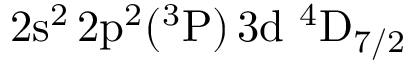
\mathrm { 2 s ^ { 2 } \, 2 p ^ { 2 } ( ^ { 3 } P ) \, 3 d ~ ^ { 4 } D _ { 7 / 2 } }